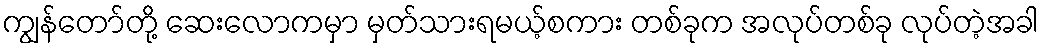
ကျွန်တော်တို့ ဆေးလောကမှာ မှတ်သားရမယ့်စကား တစ်ခုက အလုပ်တစ်ခု လုပ်တဲ့အခါ